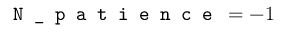
\texttt { N \_ p a t i e n c e } = - 1